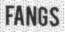
FANGS